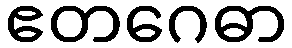
ဧတဂေဓာ